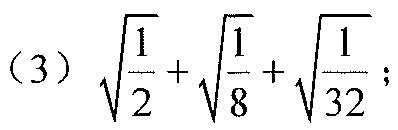
（3）\(\sqrt{\frac{1}{2}}+\sqrt{\frac{1}{8}}+\sqrt{\frac{1}{32}}\);